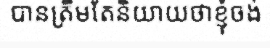
បានត្រឹមតែនិយាយថាខ្ញុំចង់